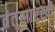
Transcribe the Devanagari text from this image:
तंतूसारखी